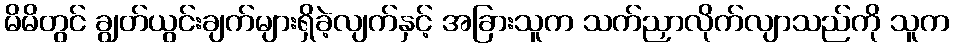
မိမိတွင် ချွတ်ယွင်းချက်များရှိခဲ့လျက်နှင့် အခြားသူက သက်ညှာလိုက်လျာသည်ကို သူက